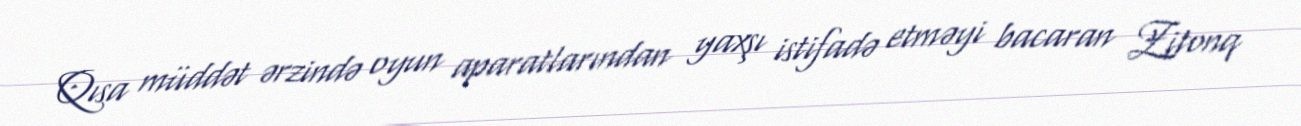
Qısa müddət ərzində oyun aparatlarından yaxşı istifadə etməyi bacaran Zitonq